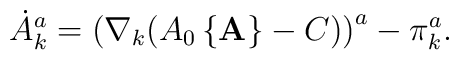
\dot{A}_{k}^{a} = \left (\nabla_{k}(A_{0}\left \{{\bf A} \right \} - C) \right )^{a} -\pi_{k}^{a}.